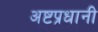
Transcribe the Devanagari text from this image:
अष्टप्रधानी